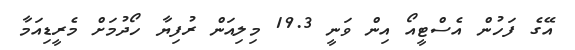
އޭގެ ފަހުން އެސްޓީއޯ އިން ވަނީ 19.3 މިލިއަން ރުފިޔާ ހޯދުމަށް މެރީޑިއަމާ